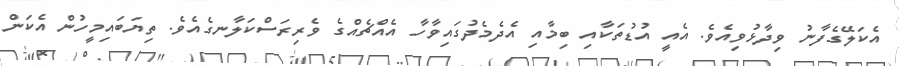
އެކަލޭގެފާނު ވިދާޅުވިއެވެ. އެއީ އުޑުތަކާއި ބިމާއި އެދެމެދުގައިވާހާ އެއްޗެއްގެ ވެރިރަސްކަލާނގެއެވެ. ތިޔަބައިމީހުން އެކަން